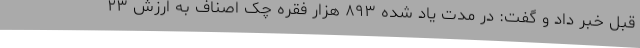
قبل خبر داد و گفت: در مدت یاد شده ۸۹۳ هزار فقره چک اصناف به ارزش ۲۳